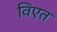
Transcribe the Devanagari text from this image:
विएत